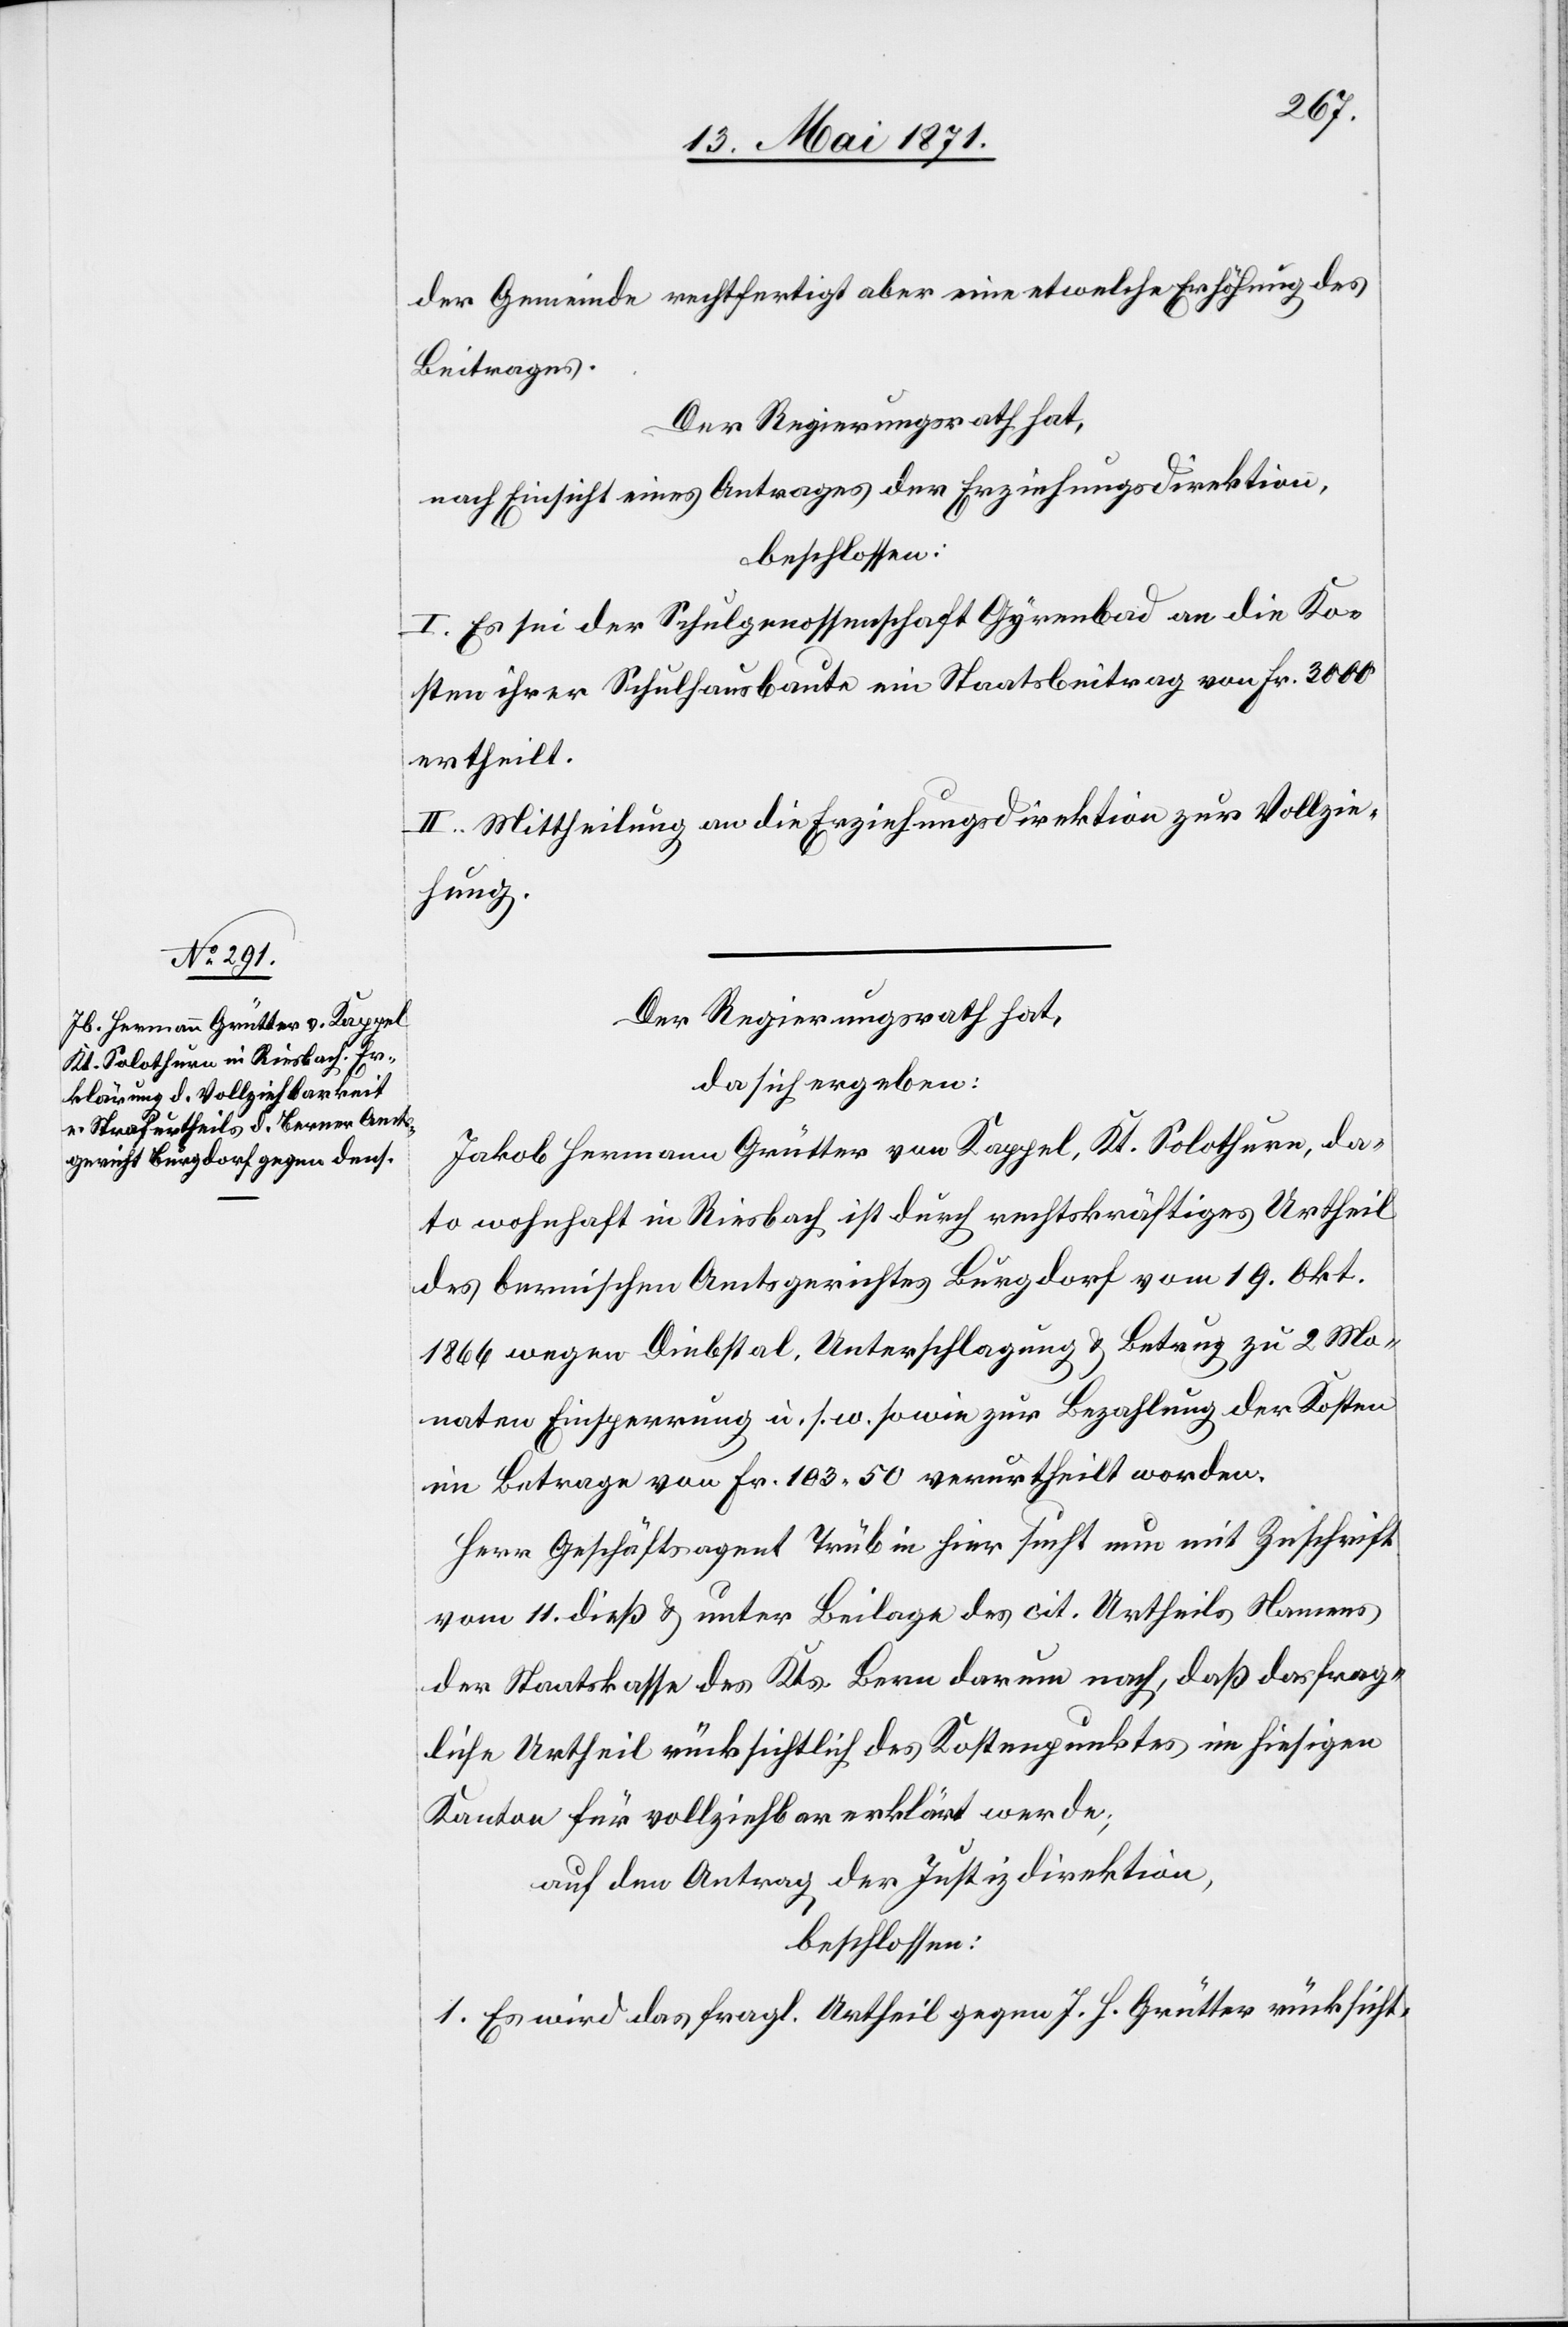
Der Regierungsrath hat,
da sich ergeben:
Jakob Hermann Grütter von Kappel, Kt. Solothurn, da¬
to wohnhaft in Riesbach ist durch rechtskräftiges Urtheil
des bernischen Amtsgerichtes Burgdorf vom 19. Okt.
1866 wegen Diebstal, Unterschlagung u. Betrug zu 2 Mo¬
naten Einsperrung u. s. w. sowie zur Bezahlung der Kosten
im Betrage von Fr. 103.50 verurtheilt worden.
Herr Geschäftsagent Trüb in hier sucht mit Zuschrift
vom 11. dieß u. unter Beilage des cit. Urtheils Namens
der Staatskasse des Kts. Bern darum nach, daß das frag¬
liche Urtheil rücksichtlich des Kostenpunktes im hiesigen
Kanton für vollziehbar erklärt werde;
auf den Antrag der Justizdirektion,
beschlossen:
1. Es wird das fragl. Urtheil gegen J. H. Grütter rücksicht-